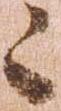
々